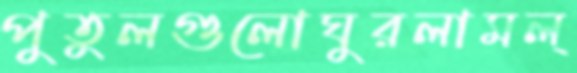
পুতুলগুলোঘুরলামল্